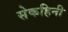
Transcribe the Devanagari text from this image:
सेकहिनी